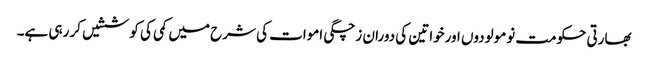
بھارتی حکومت نومولودوں اورخواتین کی دوران زچگی اموات کی شرح میں کمی کی کوششیں کر رہی ہے۔